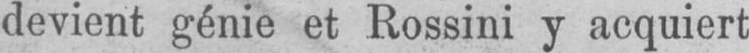
devient génie et Rossini y acquiert